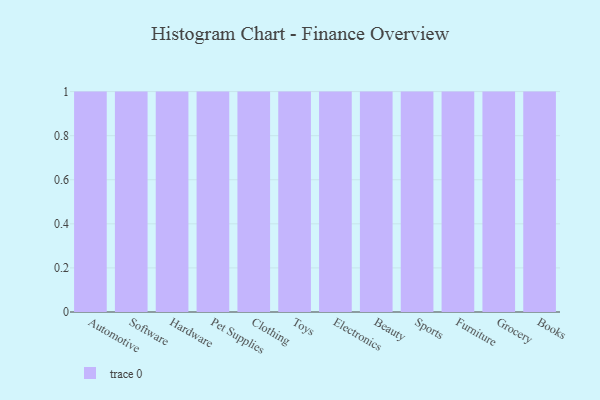
{"axis": {"x": "Category", "y": "Shipments"}, "legend": [""], "data": [{"x": "Automotive", "y": 38, "type": ""}, {"x": "Software", "y": 99, "type": ""}, {"x": "Hardware", "y": 67, "type": ""}, {"x": "Pet Supplies", "y": 62, "type": ""}, {"x": "Clothing", "y": 72, "type": ""}, {"x": "Toys", "y": 38, "type": ""}, {"x": "Electronics", "y": 25, "type": ""}, {"x": "Beauty", "y": 72, "type": ""}, {"x": "Sports", "y": 19, "type": ""}, {"x": "Furniture", "y": 59, "type": ""}, {"x": "Grocery", "y": 26, "type": ""}, {"x": "Books", "y": 23, "type": ""}]}